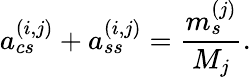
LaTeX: a_{cs}^{(i,j)}+a_{ss}^{(i,j)}=\frac{m_{s}^{(j)}}{M_{j}}.